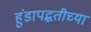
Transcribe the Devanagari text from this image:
हुंडापद्धतीच्या